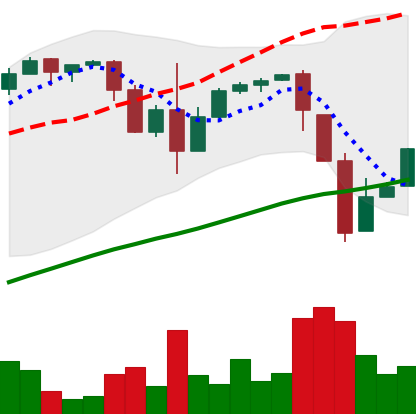
Ticker: BTC-USD
Chart end date: 2017-03-21
Forward return: -13.727%
Label: down_7plus